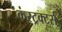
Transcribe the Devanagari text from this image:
कंस्ट्रक्टर्स